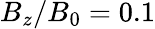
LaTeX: B_{z}/B_{0}=0.1